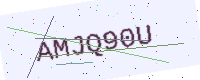
Text: AMJQ90U